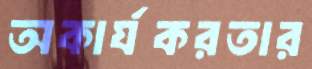
অকার্যকরতার